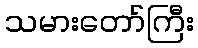
သမားတော်ကြီး